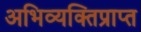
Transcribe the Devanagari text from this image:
अभिव्यक्तिप्राप्त